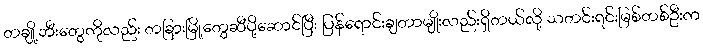
တချို့ဘီးတွေကိုလည်း တခြားမြို့တွေဆီပို့ဆောင်ပြီး ပြန်ရောင်းချတာမျိုးလည်းရှိတယ်လို့ သတင်းရင်းမြစ်တစ်ဦးက